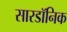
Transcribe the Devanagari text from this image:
सारडॉनिक